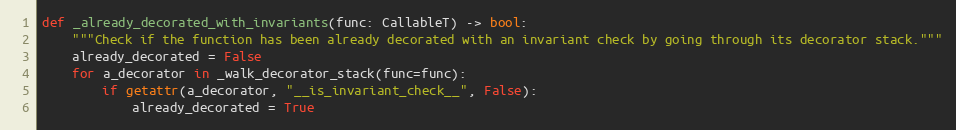
Language: Python
def _already_decorated_with_invariants(func: CallableT) -> bool:
    """Check if the function has been already decorated with an invariant check by going through its decorator stack."""
    already_decorated = False
    for a_decorator in _walk_decorator_stack(func=func):
        if getattr(a_decorator, "__is_invariant_check__", False):
            already_decorated = True